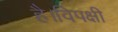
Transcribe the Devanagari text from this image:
है।विपक्षी